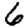
Digit: 6